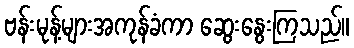
ဗန်းမုန့်များအကုန်ခံကာ ဆွေးနွေးကြသည်။